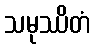
သမုဿိတံ